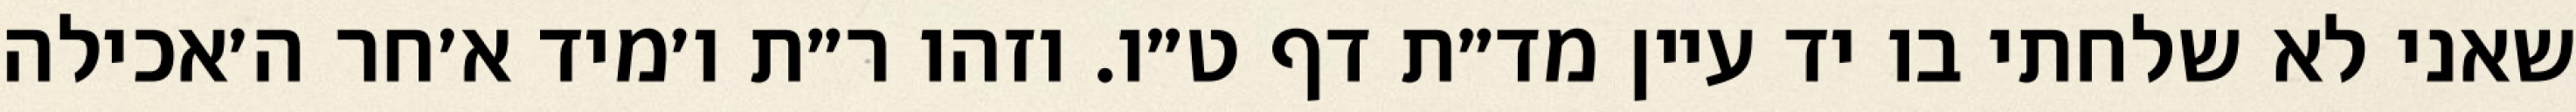
שאני לא שלחתי בו יד עיין מד״ת דף ט״ו. וזהו ר״ת ו׳מיד א׳חר ה׳אכילה